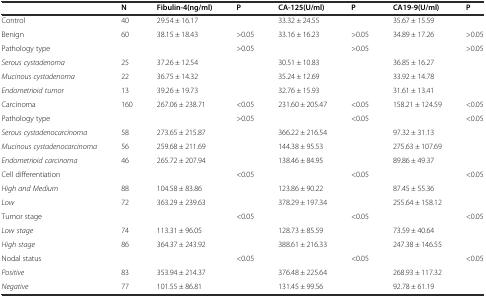
<table><thead><tr><td></td><td><b>N</b></td><td><b>Fibulin-4(ng/ml)</b></td><td><b>P</b></td><td><b>CA-125(U/ml)</b></td><td><b>P</b></td><td><b>CA19-9(U/ml)</b></td><td><b>P</b></td></tr></thead><tbody><tr><td>Control</td><td>40</td><td>29.54 ± 16.17</td><td></td><td>33.32 ± 24.55</td><td></td><td>35.67 ± 15.59</td><td></td></tr><tr><td>Benign</td><td>60</td><td>38.15 ± 18.43</td><td>&gt;0.05</td><td>33.16 ± 16.23</td><td>&gt;0.05</td><td>34.89 ± 17.26</td><td>&gt;0.05</td></tr><tr><td>Pathology type</td><td></td><td></td><td>&gt;0.05</td><td></td><td>&gt;0.05</td><td></td><td>&gt;0.05</td></tr><tr><td><i>Serous cystadenoma</i></td><td>25</td><td>37.26 ± 12.54</td><td></td><td>30.51 ± 10.83</td><td></td><td>36.85 ± 16.27</td><td></td></tr><tr><td><i>Mucinous cystadenoma</i></td><td>22</td><td>36.75 ± 14.32</td><td></td><td>35.24 ± 12.69</td><td></td><td>33.92 ± 14.78</td><td></td></tr><tr><td><i>Endometrioid tumor</i></td><td>13</td><td>39.26 ± 19.73</td><td></td><td>32.76 ± 15.93</td><td></td><td>31.61 ± 13.41</td><td></td></tr><tr><td>Carcinoma</td><td>160</td><td>267.06 ± 238.71</td><td>&lt;0.05</td><td>231.60 ± 205.47</td><td>&lt;0.05</td><td>158.21 ± 124.59</td><td>&lt;0.05</td></tr><tr><td>Pathology type</td><td></td><td></td><td>&gt;0.05</td><td></td><td>&lt;0.05</td><td></td><td>&lt;0.05</td></tr><tr><td><i>Serous cystadenocarcinoma</i></td><td>58</td><td>273.65 ± 215.87</td><td></td><td>366.22 ± 216.54</td><td></td><td>97.32 ± 31.13</td><td></td></tr><tr><td><i>Mucinous cystadenocarcinoma</i></td><td>56</td><td>259.68 ± 211.69</td><td></td><td>144.38 ± 95.53</td><td></td><td>275.63 ± 107.69</td><td></td></tr><tr><td><i>Endometrioid carcinoma</i></td><td>46</td><td>265.72 ± 207.94</td><td></td><td>138.46 ± 84.95</td><td></td><td>89.86 ± 49.37</td><td></td></tr><tr><td>Cell differentiation</td><td></td><td></td><td>&lt;0.05</td><td></td><td>&lt;0.05</td><td></td><td>&lt;0.05</td></tr><tr><td><i>High and Medium</i></td><td>88</td><td>104.58 ± 83.86</td><td></td><td>123.86 ± 90.22</td><td></td><td>87.45 ± 55.36</td><td></td></tr><tr><td><i>Low</i></td><td>72</td><td>363.29 ± 239.63</td><td></td><td>378.29 ± 197.34</td><td></td><td>255.64 ± 158.12</td><td></td></tr><tr><td>Tumor stage</td><td></td><td></td><td>&lt;0.05</td><td></td><td>&lt;0.05</td><td></td><td>&lt;0.05</td></tr><tr><td><i>Low stage</i></td><td>74</td><td>113.31 ± 96.05</td><td></td><td>128.73 ± 85.59</td><td></td><td>73.59 ± 40.64</td><td></td></tr><tr><td><i>High stage</i></td><td>86</td><td>364.37 ± 243.92</td><td></td><td>388.61 ± 216.33</td><td></td><td>247.38 ± 146.55</td><td></td></tr><tr><td>Nodal status</td><td></td><td></td><td>&lt;0.05</td><td></td><td>&lt;0.05</td><td></td><td>&lt;0.05</td></tr><tr><td><i>Positive</i></td><td>83</td><td>353.94 ± 214.37</td><td></td><td>376.48 ± 225.64</td><td></td><td>268.93 ± 117.32</td><td></td></tr><tr><td><i>Negative</i></td><td>77</td><td>101.55 ± 86.81</td><td></td><td>131.45 ± 99.56</td><td></td><td>92.78 ± 61.19</td><td></td></tr></tbody></table>